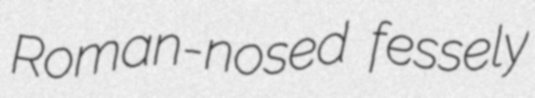
Roman-nosed fessely